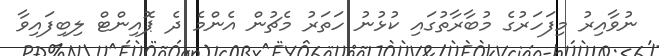
ނުވާއިރު މިފަހަރުގެ މުބާރާތުގައި ކުޅުނު ހަތަރު މެޗުން އެންމެ ދެ ޕޮއިންޓް ލިބިފައިވާ